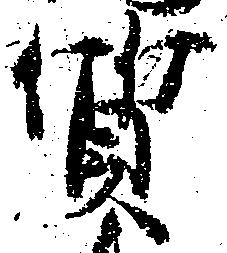
質